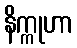
နိက္ကုဟာ